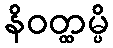
နိဝတ္ထမ္ပိ